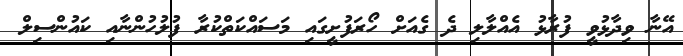
އޭނާ ވިދާޅުވީ ފުރާޅު އެއްލާލި ދެ ގެއަށް ހޯރަފުށީގައި މަސައްކަތްކުރާ ފުލުހުންނާއި ކައުންސިލް